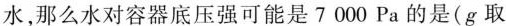
水，那么水对容器底压强可能是7000Pa的是(g取